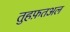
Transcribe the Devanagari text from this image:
तुहफ़तअल